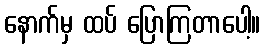
နောက်မှ ထပ် ပြောကြတာပေါ့။